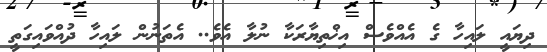
ދިޔައީ ލައިހާ ގެ އެއްވެސް އިޚްތިޔާރަކާ ނުލާ އެވެ.. އެތަނުން ލައިހާ ދުއްވައިގަތީ